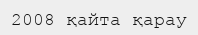
2008 қайта қарау